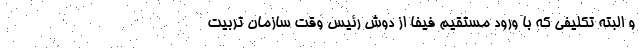
و البته تکلیفی که با ورود مستقیم فیفا از دوش رئیس وقت سازمان تربیت